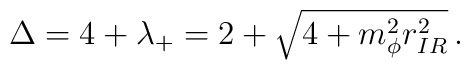
\Delta = 4 + \lambda_+= 2 + \sqrt{4 + m_\phi^2 r^2_{IR}} \,.